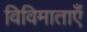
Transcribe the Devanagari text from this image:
विविमाताएँ